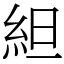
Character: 䋎